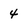
Character: 4